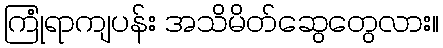
ကြုံရာကျပန်း အသိမိတ်ဆွေတွေလား။